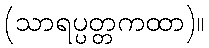
(သာရပ္ပတ္တကထာ)။